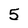
Character: 5